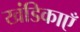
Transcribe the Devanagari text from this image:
खंडिकाएँ